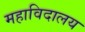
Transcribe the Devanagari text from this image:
महाविदालय